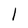
Character: I